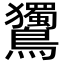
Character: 𪈌